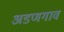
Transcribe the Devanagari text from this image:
अडणगाव